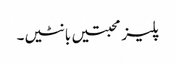
پلیز محبتیں بانٹیں۔